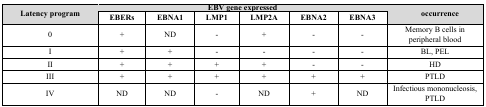
<table><thead><tr><td rowspan="2"><b> Latency program</b></td><td colspan="6"><b> EBV gene expressed</b></td><td rowspan="2"><b>occurrence</b></td></tr><tr><td><b>EBERs</b></td><td><b>EBNA1</b></td><td><b>LMP1</b></td><td><b>LMP2A</b></td><td><b>EBNA2</b></td><td><b>EBNA3</b></td></tr></thead><tbody><tr><td>0</td><td>+</td><td>ND</td><td>-</td><td>+</td><td>-</td><td>-</td><td> Memory B cells in peripheral blood</td></tr><tr><td>I</td><td>+</td><td>+</td><td>-</td><td>-</td><td>-</td><td>-</td><td> BL, PEL</td></tr><tr><td>II</td><td>+</td><td>+</td><td>+</td><td>+</td><td>-</td><td>-</td><td> HD</td></tr><tr><td>III</td><td>+</td><td>+</td><td>+</td><td>+</td><td>+</td><td>+</td><td> PTLD</td></tr><tr><td>IV</td><td>ND</td><td>ND</td><td>-</td><td>ND</td><td>+</td><td>ND</td><td> Infectious mononucleosis, PTLD</td></tr></tbody></table>